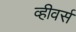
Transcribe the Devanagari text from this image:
व्हीवर्स